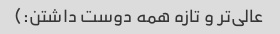
عالی‌تر و تازه همه دوست داشتن:)